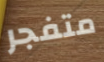
متفجر